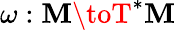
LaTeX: \omega:\mathbf{M}\toT^{*}\mathbf{M}